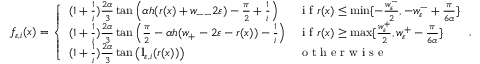
f _ { \varepsilon , i } ( x ) = \left\{ \begin{array} { l l } { ( 1 + \frac { 1 } { i } ) \frac { 2 \alpha } { 3 } \tan \left( \alpha h ( r ( x ) + w _ { -- } 2 \varepsilon ) - \frac { \pi } { 2 } + \frac { 1 } { i } \right) } & { \textnormal { i f } r ( x ) \le \operatorname* { m i n } \{ - \frac { w _ { \varepsilon } ^ { - } } { 2 } , - w _ { \varepsilon } ^ { - } + \frac { \pi } { 6 \alpha } \} } \\ { ( 1 + \frac { 1 } { i } ) \frac { 2 \alpha } { 3 } \tan \left( \frac { \pi } { 2 } - \alpha h ( w _ { + } - 2 \varepsilon - r ( x ) ) - \frac { 1 } { i } \right) } & { \textnormal { i f } r ( x ) \ge \operatorname* { m a x } \{ \frac { w _ { \varepsilon } ^ { + } } { 2 } , w _ { \varepsilon } ^ { + } - \frac { \pi } { 6 \alpha } \} } \\ { ( 1 + \frac { 1 } { i } ) \frac { 2 \alpha } { 3 } \tan \left( \mathbf { l } _ { \varepsilon , i } ( r ( x ) ) \right) } & { \textnormal { o t h e r w i s e } } \end{array} \right. ,